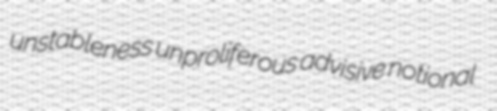
unstableness unproliferous advisive notional